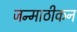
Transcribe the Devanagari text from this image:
जन्माठीकन